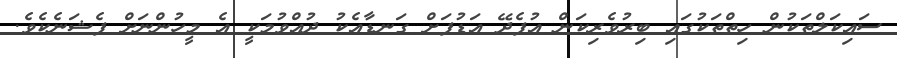
ސައިކަލްތަކުން ހިތްތަކުގައި ބިރުވެރިކަން އުފެދޭ އަޑުފަށް ގަނޑާއެކު ދުއްވުމަކީ އެ މީހުންނަށް ފެޝަނެކެވެ.